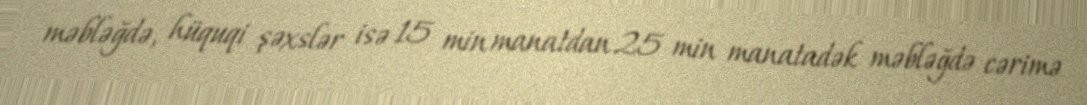
məbləğdə, hüquqi şəxslər isə 15 min manatdan 25 min manatadək məbləğdə cərimə